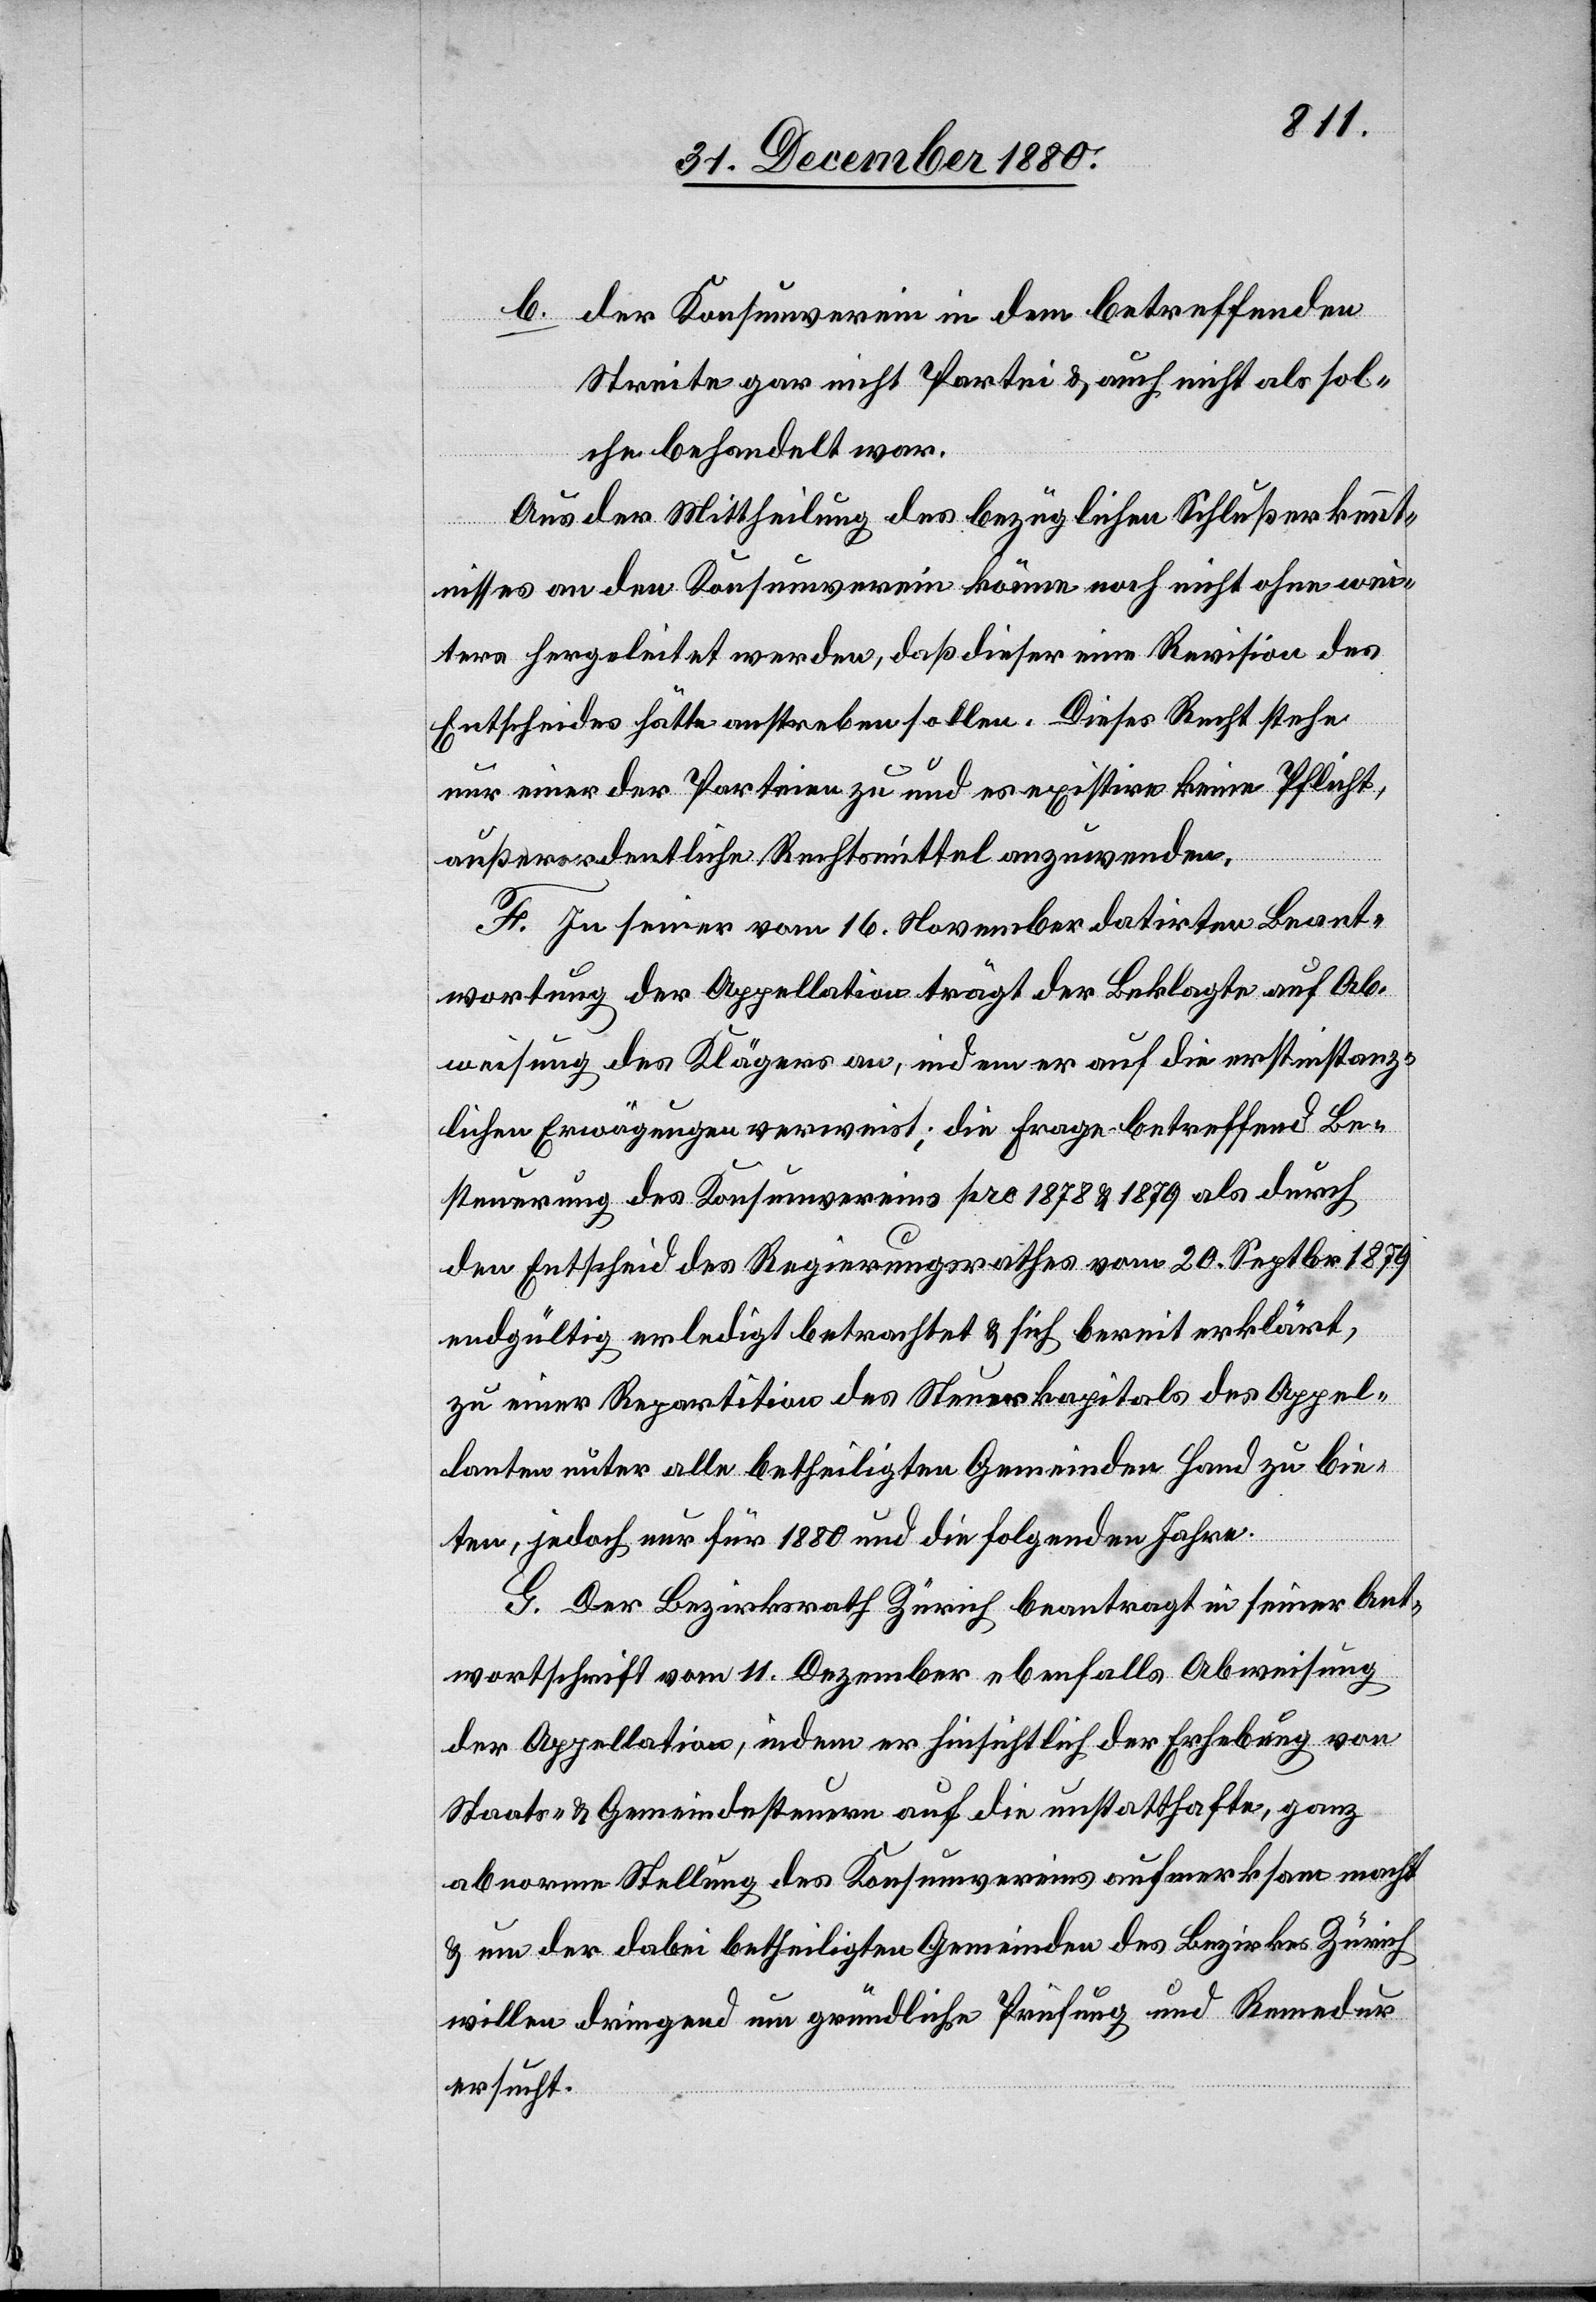
b.
der Konsumverein in dem betreffenden
Streite gar nicht Partei & auch nicht als sol¬
che behandelt war.
Aus der Mittheilung des bezüglichen Schlußerkennt¬
nisses an den Konsumverein könne noch nicht ohne wei¬
ters hergeleitet werden, daß dieser eine Revision des
Entscheides hätte anstreben sollen. Dieses Recht stehe
nur einer der Parteien zu und es existire keine Pflicht,
außerordentliche Rechtsmittel anzuwenden.
F. In seiner vom 16. November datirten Beant¬
wortung der Appellation trägt der Beklagte auf Ab¬
weisung des Klägers an, indem er auf die erstinstanz¬
lichen Erwägungen verweist; die Frage betreffend Be¬
steuerung des Konsumvereins pro 1878 & 1879 als durch
den Entscheid des Regierungsrathes vom 20. Septbr. 1879
endgültig erledigt betrachtet & sich bereit erklärt,
zu einer Repartition des Steuerkapitals des Appel¬
lanten unter alle betheiligten Gemeinden Hand zu bie¬
ten, jedoch nur für 1880 und die folgenden Jahre.
G. Der Bezirksrath Zürich beantragt in seiner Ant¬
wortschrift vom 11. Dezember ebenfalls Abweisung
der Appellation, indem er hinsichtlich der Erhebung von
Staats- & Gemeindesteuern auf die unstatthafte, ganz
abnorme Stellung des Konsumvereins aufmerksam macht
& um der dabei betheiligten Gemeinden des Bezirkes Zürich
willen dringend um gründliche Prüfung und Remedur
ersucht.